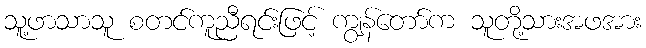
သူ့ဖာသာသူ စတင်ကူညီရင်းဖြင့် ကျွန်တော်က သူတို့သားအဖအား